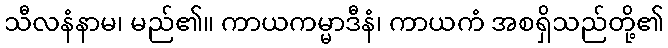
သီလနံနာမ၊ မည်၏။ ကာယကမ္မာဒီနံ၊ ကာယကံ အစရှိသည်တို့၏